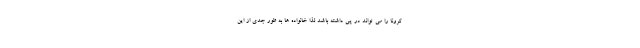
کرونا را می تواند در پی داشته باشد لذا خانواده ها به طور جدی از این